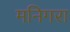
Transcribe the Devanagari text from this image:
मनिगरा